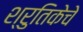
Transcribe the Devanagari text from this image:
श्रुतिकेचे